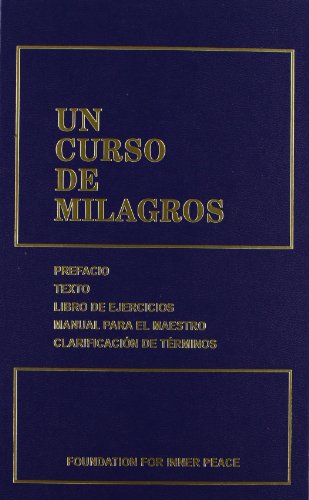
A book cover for Un Curso De Milagros; Foundation For Inner Peace; Religion & Spirituality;